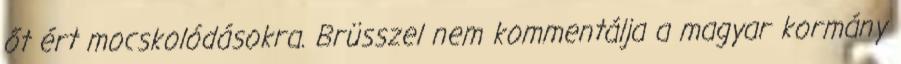
őt ért mocskolódásokra. Brüsszel nem kommentálja a magyar kormány